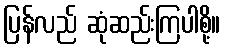
ပြန်လည် ဆုံဆည်းကြပါစို့။